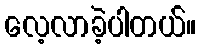
လေ့လာခဲ့ပါတယ်။